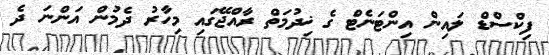
ފިކްސްޑް ލައިން އިންޓަނެޓް ގެ ޚިދުމަތް ރާއްޖޭގައި މިހާރު ދެމުން އަންނަ ދެ